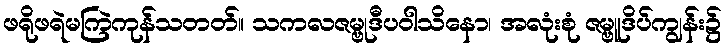
ဖရိုဖရဲမကြဲကုန်သတတ်။ သကလဇမ္ဗုဒီပဝါသိနော၊ အလုံးစုံ ဇမ္ဗူဒိပ်ကျွန်း၌